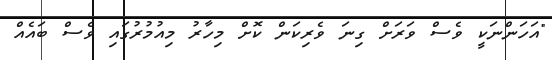
"އަހަންނަކީ ވެސް ވަރަށް ގިނަ ވެރިކަން ކޮށް މިހާރު މިއުމުރުގައި ވެސް ބައެއް